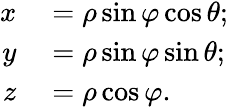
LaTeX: \begin{array}{rl}{x}&{{}=\rho\sin\varphi\cos\theta;}\\ {y}&{{}=\rho\sin\varphi\sin\theta;}\\ {z}&{{}=\rho\cos\varphi.}\end{array}